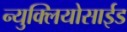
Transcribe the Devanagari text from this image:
न्युक्लियोसाईड